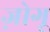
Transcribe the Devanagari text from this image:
ज़ोगू